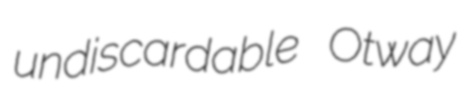
undiscardable Otway